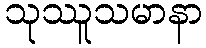
သုဿူသမာနာ